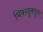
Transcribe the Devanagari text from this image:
भिक्खुकडून